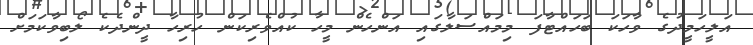
އަލީހަމީދުގެ ވާހަކަ ބަހައްޓާފަ މިމައްސަލާގައި އަންހެން މީހާ ކުއްވެރިކަން ހުރިހާ ދީންދެކެ ލޯބިވާކަމަށް